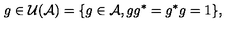
g \in { \cal U } ( { \cal A } ) = \{ g \in { \cal A } , g g ^ { * } = g ^ { * } g = 1 \} ,